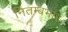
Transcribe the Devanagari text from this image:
नितम्बभार